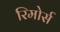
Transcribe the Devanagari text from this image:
रिमोर्स